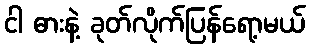
ငါ ဓားနဲ့ ခုတ်လိုက်ပြန်ရော့မယ်